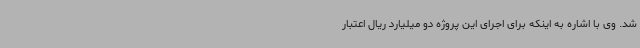
شد. وی با اشاره به اینکه برای اجرای این پروژه دو میلیارد ریال اعتبار